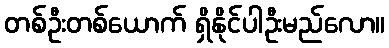
တစ်ဦးတစ်ယောက် ရှိနိုင်ပါဦးမည်လော။